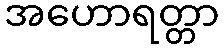
အဟောရတ္တာ